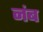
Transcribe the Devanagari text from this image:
नंब